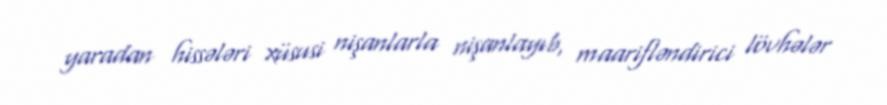
yaradan hissələri xüsusi nişanlarla nişanlayıb, maarifləndirici lövhələr